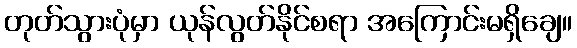
တုတ်သွားပုံမှာ ယုန်လွတ်နိုင်စရာ အကြောင်းမရှိချေ။